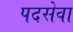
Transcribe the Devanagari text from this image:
पदसेवा